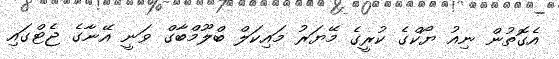
އެގޮތުން ނިއު ޔޯކްގެ ކުރީގެ މޭޔަރު މައިކަލް ބްލޫމްބާގް ވަނީ އޭނާގެ ޖެޓްގައި